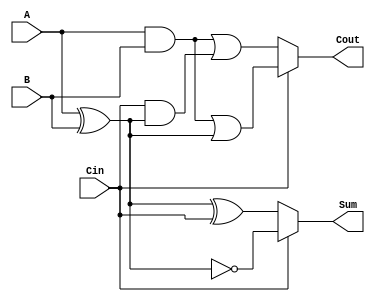
module ConditionalSumFullAdder (
    input wire A,      // First binary input
    input wire B,      // Second binary input
    input wire Cin,    // Carry input
    output wire Sum,   // Sum output
    output wire Cout   // Carry output
);

    // Internal signals for the two potential sums and carry outputs
    wire Sum0, Sum1;
    wire Cout0, Cout1;

    // Compute Sum0 and Cout0 assuming no carry from previous addition
    assign Sum0 = A ^ B ^ Cin;
    assign Cout0 = (A & B) | (Cin & (A ^ B));

    // Compute Sum1 and Cout1 assuming carry from previous addition
    assign Sum1 = A ^ B ^ 1'b1; // A ^ B ^ 1 is equivalent to A ^ B ^ 1'b1
    assign Cout1 = (A & B) | ((A ^ B) & 1'b1); // (A ^ B) & 1 is equivalent to (A ^ B)

    // Select the final Sum and Cout based on Cin
    assign Sum = (Cin == 1'b0) ? Sum0 : Sum1;
    assign Cout = (Cin == 1'b0) ? Cout0 : Cout1;

endmodule